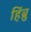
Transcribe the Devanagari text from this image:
हिंब्रु